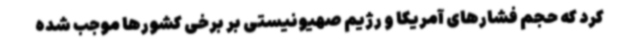
کرد که حجم فشارهای آمریکا و رژیم صهیونیستی بر برخی کشورها موجب شده